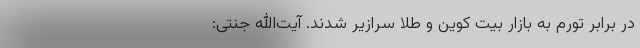
در برابر تورم به بازار بیت کوین و طلا سرازیر شدند. آیت‌الله جنتی: